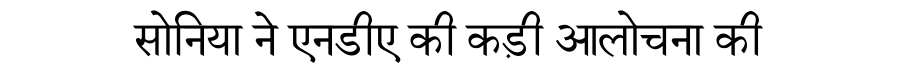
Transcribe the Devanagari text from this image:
सोनिया ने एनडीए की कड़ी आलोचना की